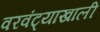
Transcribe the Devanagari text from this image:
वरवंट्याखाली